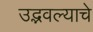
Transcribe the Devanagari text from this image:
उद्भवल्याचे